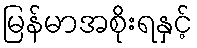
မြန်မာအစိုးရနှင့်